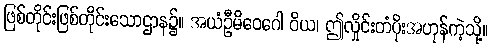
ဖြစ်တိုင်းဖြစ်တိုင်းသောဌာန၌။ အယံဦမိဝေဂေါ ဝိယ၊ ဤလှိုင်းတံပိုးအဟုန်ကဲ့သို့။